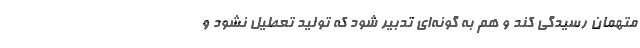
متهمان رسیدگی کند و هم به گونه‌ای تدبیر شود که تولید تعطیل نشود و